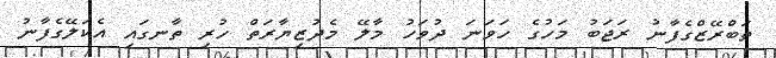
ތަބްރޭޒްގެފާނު ރަޖަބު މަހުގެ ހަވަނަ ދުވަހު މާލޭ މެދުޒިޔާރަތް ހުރި ތާނގައި އެކަލޭގެފާނު